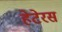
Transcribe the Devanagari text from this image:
हेटेरस